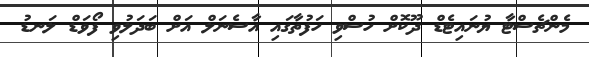
މެންޗެސްޓާ ޔުނައިޓެޑް ދޫކޮށް ހުސްވި ހަފުތާގައި އާސެނަލް އަށް ބަދަލުވި ފޯވަޑް ލަނޑު